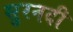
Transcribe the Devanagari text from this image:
सुरनदी